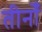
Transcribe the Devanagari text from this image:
तीनोँ